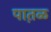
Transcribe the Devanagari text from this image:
पात़ळ